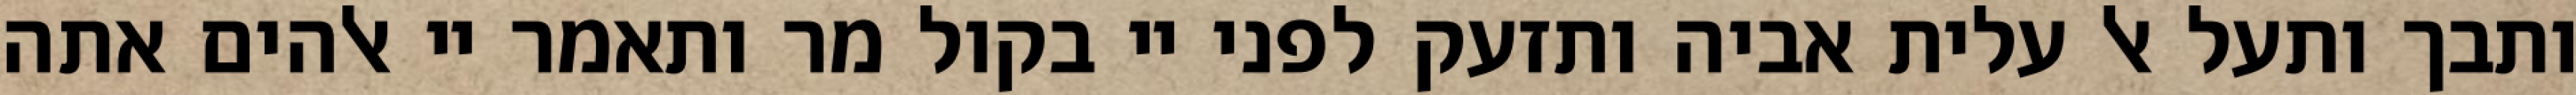
ותבך ותעל אל עלית אביה ותזעק לפני יי בקול מר ותאמר יי אלהים אתה